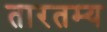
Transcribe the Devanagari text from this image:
तारतम्‍य